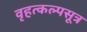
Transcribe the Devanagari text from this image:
वृहत्कल्पसूत्र